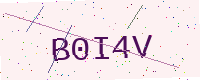
Text: B0I4V